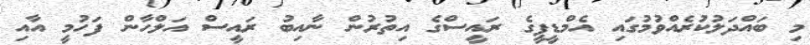
މި ބައްދަލުކުރެއްވުމުގައި އެމްޑީޕީގެ ރައީސްގެ އިތުރުން ނާއިބު ރައީސް އަލްހާން ފަހުމީ އާއި